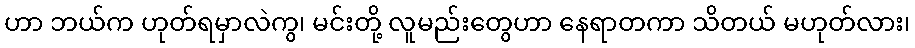
ဟာ ဘယ်က ဟုတ်ရမှာလဲကွ၊ မင်းတို့ လူမည်းတွေဟာ နေရာတကာ သိတယ် မဟုတ်လား၊